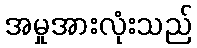
အမှုအားလုံးသည်